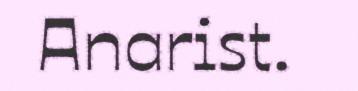
Anarist.